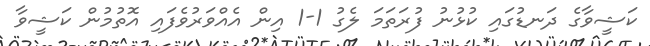
ކަޝީވާގެ ދަނޑުގައި ކުޅުނު ފުރަތަމަ ލެގު 1-1 އިން އެއްވަރުވެފައި އޮތުމުން ކަޝީވާ